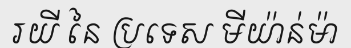
រយី នៃ ប្រទេស មីយ៉ាន់ម៉ា